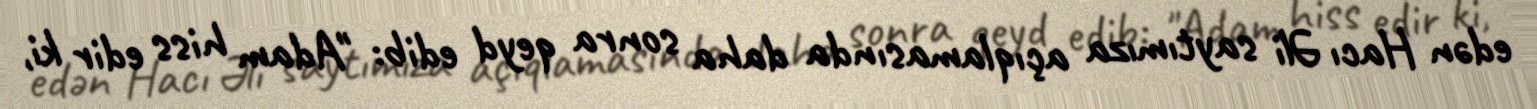
edən Hacı Əli saytımıza açıqlamasında daha sonra qeyd edib: "Adam hiss edir ki,